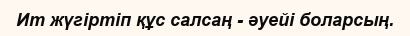
Ит жүгіртіп құс салсаң - әуейі боларсың.